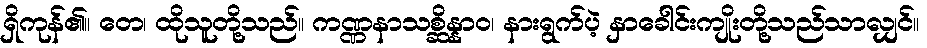
ရှိကုန်၏။ တေ၊ ထိုသူတို့သည်။ ကဏ္ဏနာသစ္ဆိန္နာဝ၊ နားရွက်ပဲ့ နှာခေါင်းကျိုးတို့သည်သာလျှင်။